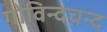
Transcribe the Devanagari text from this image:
गोविन्दचन्द